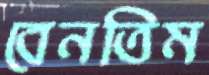
বেনতিম